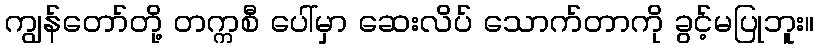
ကျွန်တော်တို့ တက္ကစီ ပေါ်မှာ ဆေးလိပ် သောက်တာကို ခွင့်မပြုဘူး။